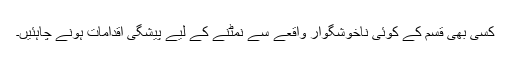
کسی بھی قسم کے کوئی ناخوشگوار واقعے سے نمٹنے کے لیے پیشگی اقدامات ہونے چاہئیں۔